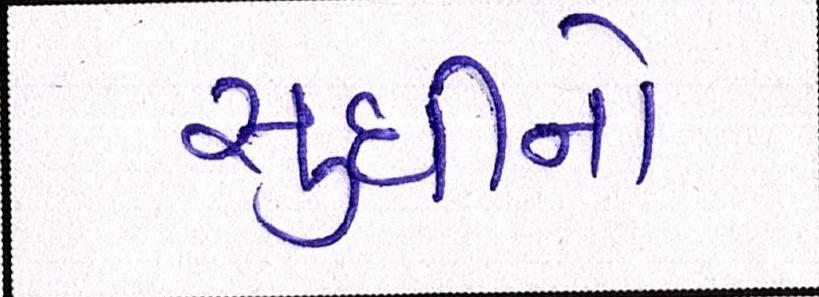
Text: સુધીનો